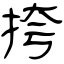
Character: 挎